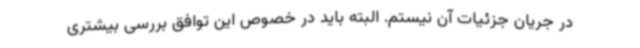
در جریان جزئیات آن نیستم. البته باید در خصوص این توافق بررسی بیشتری